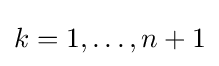
k=1,\dots ,n+1